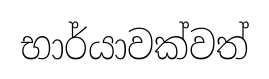
භාර්යාවක්වත්